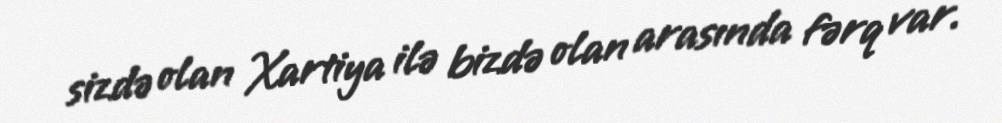
sizdə olan Xartiya ilə bizdə olan arasında fərq var.